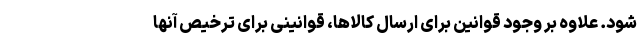
شود. علاوه بر وجود قوانین برای ارسال کالاها، قوانینی برای ترخیص آنها